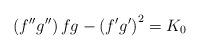
LaTeX: \begin{align*}\left( f^{\prime \prime }g^{\prime \prime }\right) fg-\left( f^{\prime}g^{\prime }\right) ^{2}=K_{0} \end{align*}